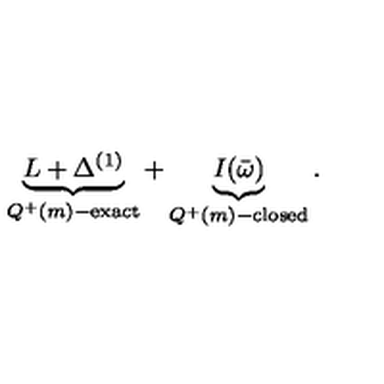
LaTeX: \underbrace { L + \Delta ^ { ( 1 ) } } _ { Q ^ { + } ( m ) - \mathrm { e x a c t } } + \underbrace { I ( \bar { \omega } ) } _ { Q ^ { + } ( m ) - \mathrm { c l o s e d } } .